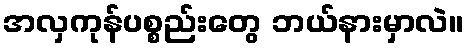
အလှကုန်ပစ္စည်းတွေ ဘယ်နားမှာလဲ။